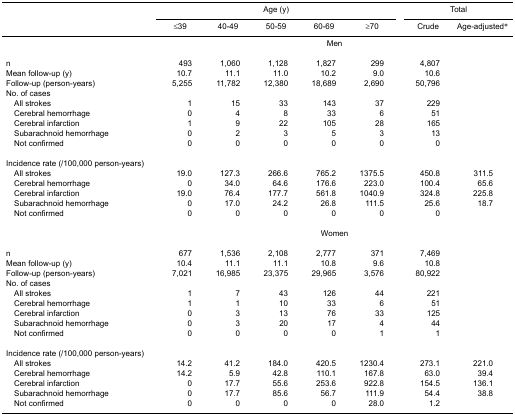
<table><thead><tr><td rowspan="3"></td><td colspan="5"><b>Age (y)</b></td><td colspan="2"><b>Total</b></td></tr><tr><td><b>≤39</b></td><td><b>40-49</b></td><td><b>50-59</b></td><td><b>60-69</b></td><td><b>≥70</b></td><td><b>Crude</b></td><td><b>Age-adjusted*</b></td></tr></thead><tbody><tr><td></td><td colspan="7">Men</td></tr><tr><td>n</td><td>493</td><td>1,060</td><td>1,128</td><td>1,827</td><td>299</td><td>4,807</td><td></td></tr><tr><td>Mean follow-up (y)</td><td>10.7</td><td>11.1</td><td>11.0</td><td>10.2</td><td>9.0</td><td>10.6</td><td></td></tr><tr><td>Follow-up (person-years)</td><td>5,255</td><td>11,782</td><td>12,380</td><td>18,689</td><td>2,690</td><td>50,796</td><td></td></tr><tr><td colspan="8">No. of cases</td></tr><tr><td> All strokes</td><td>1</td><td>15</td><td>33</td><td>143</td><td>37</td><td>229</td><td></td></tr><tr><td> Cerebral hemorrhage</td><td>0</td><td>4</td><td>8</td><td>33</td><td>6</td><td>51</td><td></td></tr><tr><td> Cerebral infarction</td><td>1</td><td>9</td><td>22</td><td>105</td><td>28</td><td>165</td><td></td></tr><tr><td> Subarachnoid hemorrhage</td><td>0</td><td>2</td><td>3</td><td>5</td><td>3</td><td>13</td><td></td></tr><tr><td> Not confirmed</td><td>0</td><td>0</td><td>0</td><td>0</td><td>0</td><td>0</td><td></td></tr><tr><td colspan="8">Incidence rate (/100,000 person-years)</td></tr><tr><td> All strokes</td><td>19.0</td><td>127.3</td><td>266.6</td><td>765.2</td><td>1375.5</td><td>450.8</td><td>311.5</td></tr><tr><td> Cerebral hemorrhage</td><td>0</td><td>34.0</td><td>64.6</td><td>176.6</td><td>223.0</td><td>100.4</td><td>65.6</td></tr><tr><td> Cerebral infarction</td><td>19.0</td><td>76.4</td><td>177.7</td><td>561.8</td><td>1040.9</td><td>324.8</td><td>225.8</td></tr><tr><td> Subarachnoid hemorrhage</td><td>0</td><td>17.0</td><td>24.2</td><td>26.8</td><td>111.5</td><td>25.6</td><td>18.7</td></tr><tr><td> Not confirmed</td><td>0</td><td>0</td><td>0</td><td>0</td><td>0</td><td>0</td><td></td></tr><tr><td></td><td colspan="7">Women</td></tr><tr><td>n</td><td>677</td><td>1,536</td><td>2,108</td><td>2,777</td><td>371</td><td>7,469</td><td></td></tr><tr><td>Mean follow-up (y)</td><td>10.4</td><td>11.1</td><td>11.1</td><td>10.8</td><td>9.6</td><td>10.8</td><td></td></tr><tr><td>Follow-up (person-years)</td><td>7,021</td><td>16,985</td><td>23,375</td><td>29,965</td><td>3,576</td><td>80,922</td><td></td></tr><tr><td colspan="8">No. of cases</td></tr><tr><td> All strokes</td><td>1</td><td>7</td><td>43</td><td>126</td><td>44</td><td>221</td><td></td></tr><tr><td> Cerebral hemorrhage</td><td>1</td><td>1</td><td>10</td><td>33</td><td>6</td><td>51</td><td></td></tr><tr><td> Cerebral infarction</td><td>0</td><td>3</td><td>13</td><td>76</td><td>33</td><td>125</td><td></td></tr><tr><td> Subarachnoid hemorrhage</td><td>0</td><td>3</td><td>20</td><td>17</td><td>4</td><td>44</td><td></td></tr><tr><td> Not confirmed</td><td>0</td><td>0</td><td>0</td><td>0</td><td>1</td><td>1</td><td></td></tr><tr><td colspan="8">Incidence rate (/100,000 person-years)</td></tr><tr><td> All strokes</td><td>14.2</td><td>41.2</td><td>184.0</td><td>420.5</td><td>1230.4</td><td>273.1</td><td>221.0</td></tr><tr><td> Cerebral hemorrhage</td><td>14.2</td><td>5.9</td><td>42.8</td><td>110.1</td><td>167.8</td><td>63.0</td><td>39.4</td></tr><tr><td> Cerebral infarction</td><td>0</td><td>17.7</td><td>55.6</td><td>253.6</td><td>922.8</td><td>154.5</td><td>136.1</td></tr><tr><td> Subarachnoid hemorrhage</td><td>0</td><td>17.7</td><td>85.6</td><td>56.7</td><td>111.9</td><td>54.4</td><td>38.8</td></tr><tr><td> Not confirmed</td><td>0</td><td>0</td><td>0</td><td>0</td><td>28.0</td><td>1.2</td><td></td></tr></tbody></table>